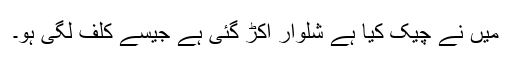
میں نے چیک کیا ہے شلوار اکڑ گئی ہے جیسے کلف لگی ہو۔